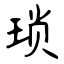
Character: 琐